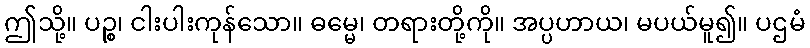
ဤသို့။ ပဉ္စ၊ ငါးပါးကုန်သော။ ဓမ္မေ၊ တရားတို့ကို။ အပ္ပဟာယ၊ မပယ်မူ၍။ ပဌမံ